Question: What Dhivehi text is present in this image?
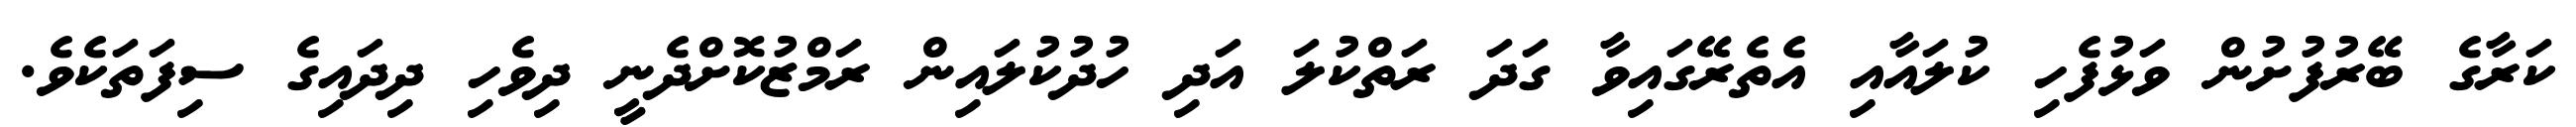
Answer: ކަރާގެ ބޭރުފުށުން ވަޅުފެހި ކުލައާއި އެތެރޭގައިވާ ގަދަ ރަތްކުލަ އަދި ހުދުކުލައިން ރަމްޒުކޮށްދެނީ ދިވެހި ދިދައިގެ ސިފަތަކެވެ.